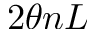
2 \theta n L